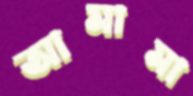
আমামা